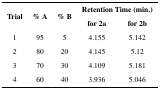
<table><thead><tr><td rowspan="2"><b>Trial</b></td><td rowspan="2"><b>% A</b></td><td rowspan="2"><b>% B</b></td><td colspan="2"><b>Retention Time (min.)</b></td></tr><tr><td><b>for 2a</b></td><td><b>for 2b</b></td></tr></thead><tbody><tr><td>1</td><td>95</td><td>5</td><td>4.155</td><td>5.142</td></tr><tr><td>2</td><td>80</td><td>20</td><td>4.145</td><td>5.12</td></tr><tr><td>3</td><td>70</td><td>30</td><td>4.109</td><td>5.181</td></tr><tr><td>4</td><td>60</td><td>40</td><td>3.936</td><td>5.046</td></tr></tbody></table>